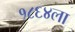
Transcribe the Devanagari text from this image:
१८६४ला